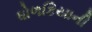
ધોળકિયાની